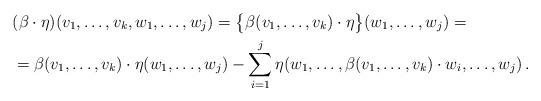
LaTeX: \begin{align*}&(\beta\cdot \eta) (v_1,\dots,v_k,w_1,\dots,w_j)=\big\{\beta(v_1,\dots,v_k)\cdot \eta\big\}(w_1,\dots,w_j) =\\&= \beta(v_1,\dots,v_k)\cdot \eta(w_1,\dots,w_j) -\sum_{i=1}^j \eta (w_1,\dots, \beta(v_1,\dots,v_k)\cdot w_i,\dots,w_j) \,. \end{align*}